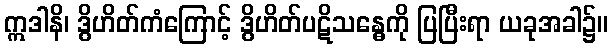
ဣဒါနိ၊ ဒွိဟိတ်ကံကြောင့် ဒွိဟိတ်ပဋိသန္ဓေကို ပြပြီးရာ ယခုအခါ၌။